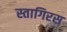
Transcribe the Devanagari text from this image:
स्तागिरस